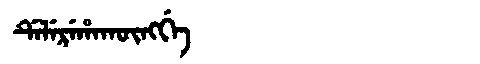
Manchu: ᡩᡝᠯᡝᡵᡝᡥᠠᡴᡡᠩᡤᡝ
Romanization: DELEREHAKŪNGGE